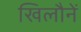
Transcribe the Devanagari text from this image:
खिलौनें